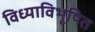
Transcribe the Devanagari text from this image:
विध्याविभूषित